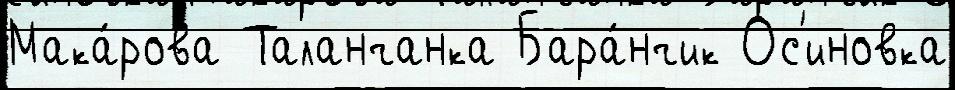
Мака́рова Таланчанка Бара́нчик Ос'иновка